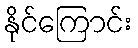
နိုင်ကြောင်း